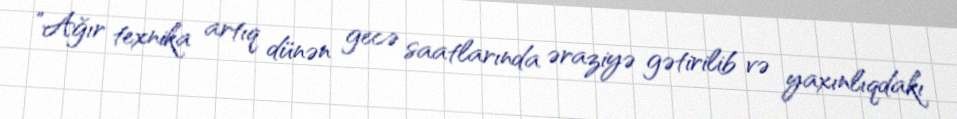
”Ağır texnika artıq dünən gecə saatlarında əraziyə gətirilib və yaxınlıqdakı